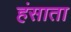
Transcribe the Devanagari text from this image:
हंसाता